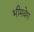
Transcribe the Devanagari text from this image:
भीमवेग